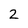
Character: 2